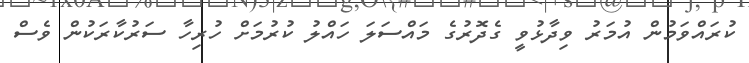
ކުރައްވަމުން އުމަރު ވިދާޅުވީ ގެދޮރުގެ މައްސަލަ ހައްލު ކުރުމަށް ހުރިހާ ސަރުކާރަކުން ވެސް